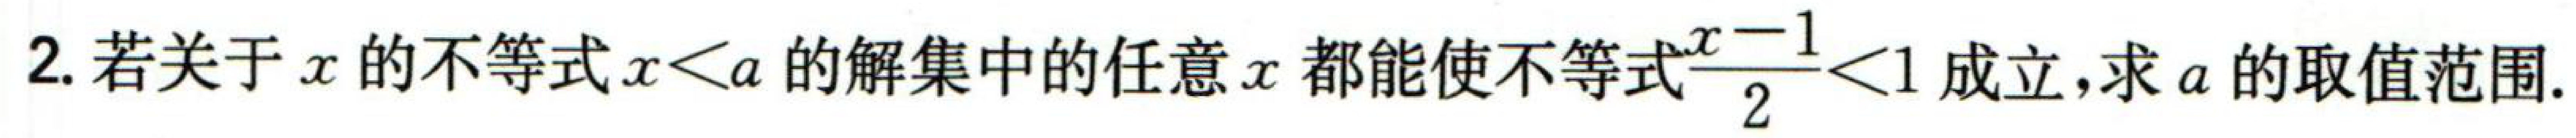
2. 若关于\(x\)的不等式\(x\leq a\)的解集中的任意\(x\)都能使不等式\(\frac{x - 1}{2}<1\)成立，求\(a\)的取值范围.